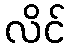
လိင်